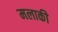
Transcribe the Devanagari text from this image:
मलाकी